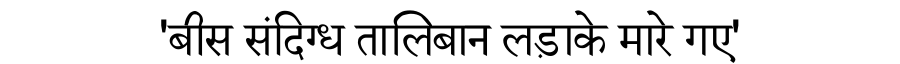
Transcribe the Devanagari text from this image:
'बीस संदिग्ध तालिबान लड़ाके मारे गए'